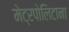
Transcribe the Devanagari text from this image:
मेट्रपोलिटाना